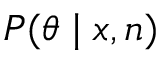
\textstyle P ( \theta \mid x , n )